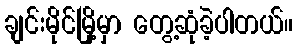
ချင်းမိုင်မြို့မှာ တွေ့ဆုံခဲ့ပါတယ်။